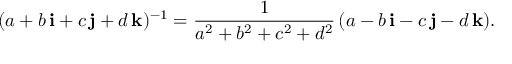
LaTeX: ( a + b \, \mathbf { i } + c \, \mathbf { j } + d \, \mathbf { k } ) ^ { - 1 } = { \frac { 1 } { a ^ { 2 } + b ^ { 2 } + c ^ { 2 } + d ^ { 2 } } } \, ( a - b \, \mathbf { i } - c \, \mathbf { j } - d \, \mathbf { k } ) .